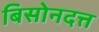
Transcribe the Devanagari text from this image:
बिसोनदत्त